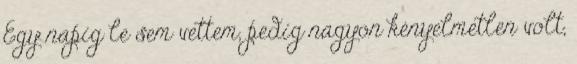
Egy napig le sem vettem, pedig nagyon kényelmetlen volt,